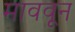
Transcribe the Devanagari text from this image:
माववून